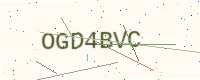
Text: OGD4BVC